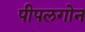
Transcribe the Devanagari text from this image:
पीपलगोन